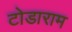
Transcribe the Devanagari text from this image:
टोडाराम